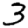
Digit: 3